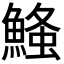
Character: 𮬃